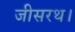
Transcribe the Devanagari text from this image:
जीसरथ।